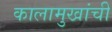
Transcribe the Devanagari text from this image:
कालामुखांची